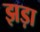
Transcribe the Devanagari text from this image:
झड़ा